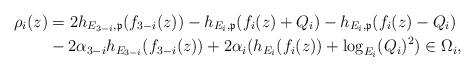
LaTeX: \begin{align*}\rho _i (z) &= 2h_{E_{3-i} ,\mathfrak{p}}(f_{3-i} (z))-h_{E_i ,\mathfrak{p}}(f_i (z)+Q_i )-h_{E_i ,\mathfrak{p}}(f_i (z)-Q_i ) \\&-2\alpha _{3-i} h_{E_{3-i} }(f_{3-i} (z))+2\alpha _i (h_{E_i }(f_i (z))+\log_{E_i}(Q_i )^2)\in \Omega _i,\end{align*}